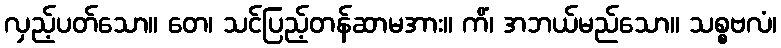
လှည့်ပတ်သော။ တေ၊ သင်ပြည့်တန်ဆာမအား။ ကိံ၊ အဘယ်မည်သော။ သစ္စဗလံ၊